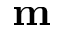
\mathbf { m }